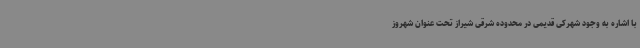
با اشاره به وجود شهرکی قدیمی در محدوده شرقی شیراز تحت عنوان شهروز